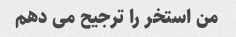
من استخر را ترجیح می دهم